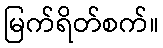
မြက်ရိတ်စက်။